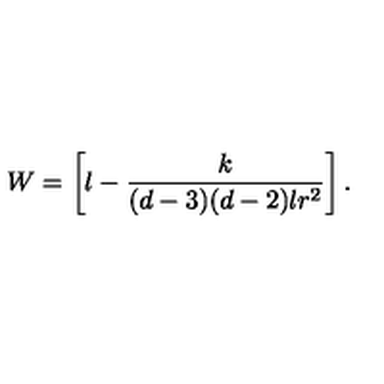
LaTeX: W = \left[ l - \frac { k } { ( d - 3 ) ( d - 2 ) l r ^ { 2 } } \right] .